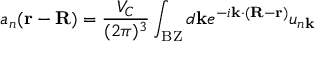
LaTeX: a _ { n } ( \mathbf { r - R } ) = { \frac { V _ { C } } { ( 2 \pi ) ^ { 3 } } } \int _ { \mathrm { B Z } } d \mathbf { k } e ^ { - i \mathbf { k } \cdot ( \mathbf { R - r } ) } u _ { n \mathbf { k } }